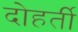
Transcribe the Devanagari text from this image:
दोहर्ती